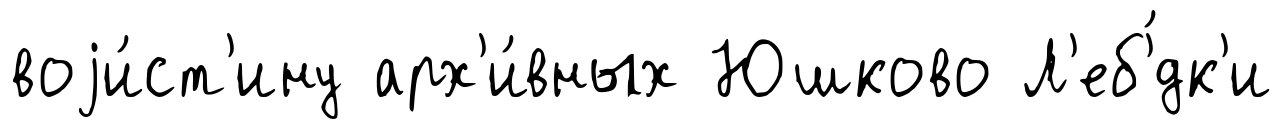
воjи́ст'ину арх'и́вных Юшково Л'еб'́дк'и